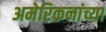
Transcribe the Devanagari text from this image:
अमेरिकनांच्या